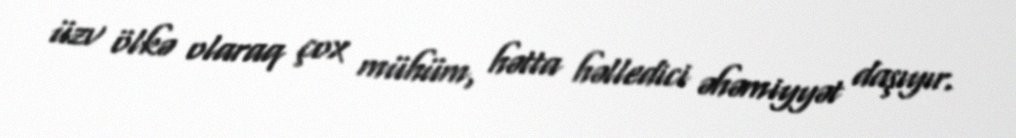
üzv ölkə olaraq çox mühüm, hətta həlledici əhəmiyyət daşıyır.